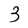
Character: 3